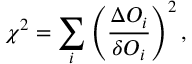
\chi ^ { 2 } = \sum _ { i } \left( \frac { \Delta { \cal O } _ { i } } { \delta { \cal O } _ { i } } \right) ^ { 2 } ,